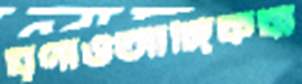
ঘৃণাওআঙ্গিকবা